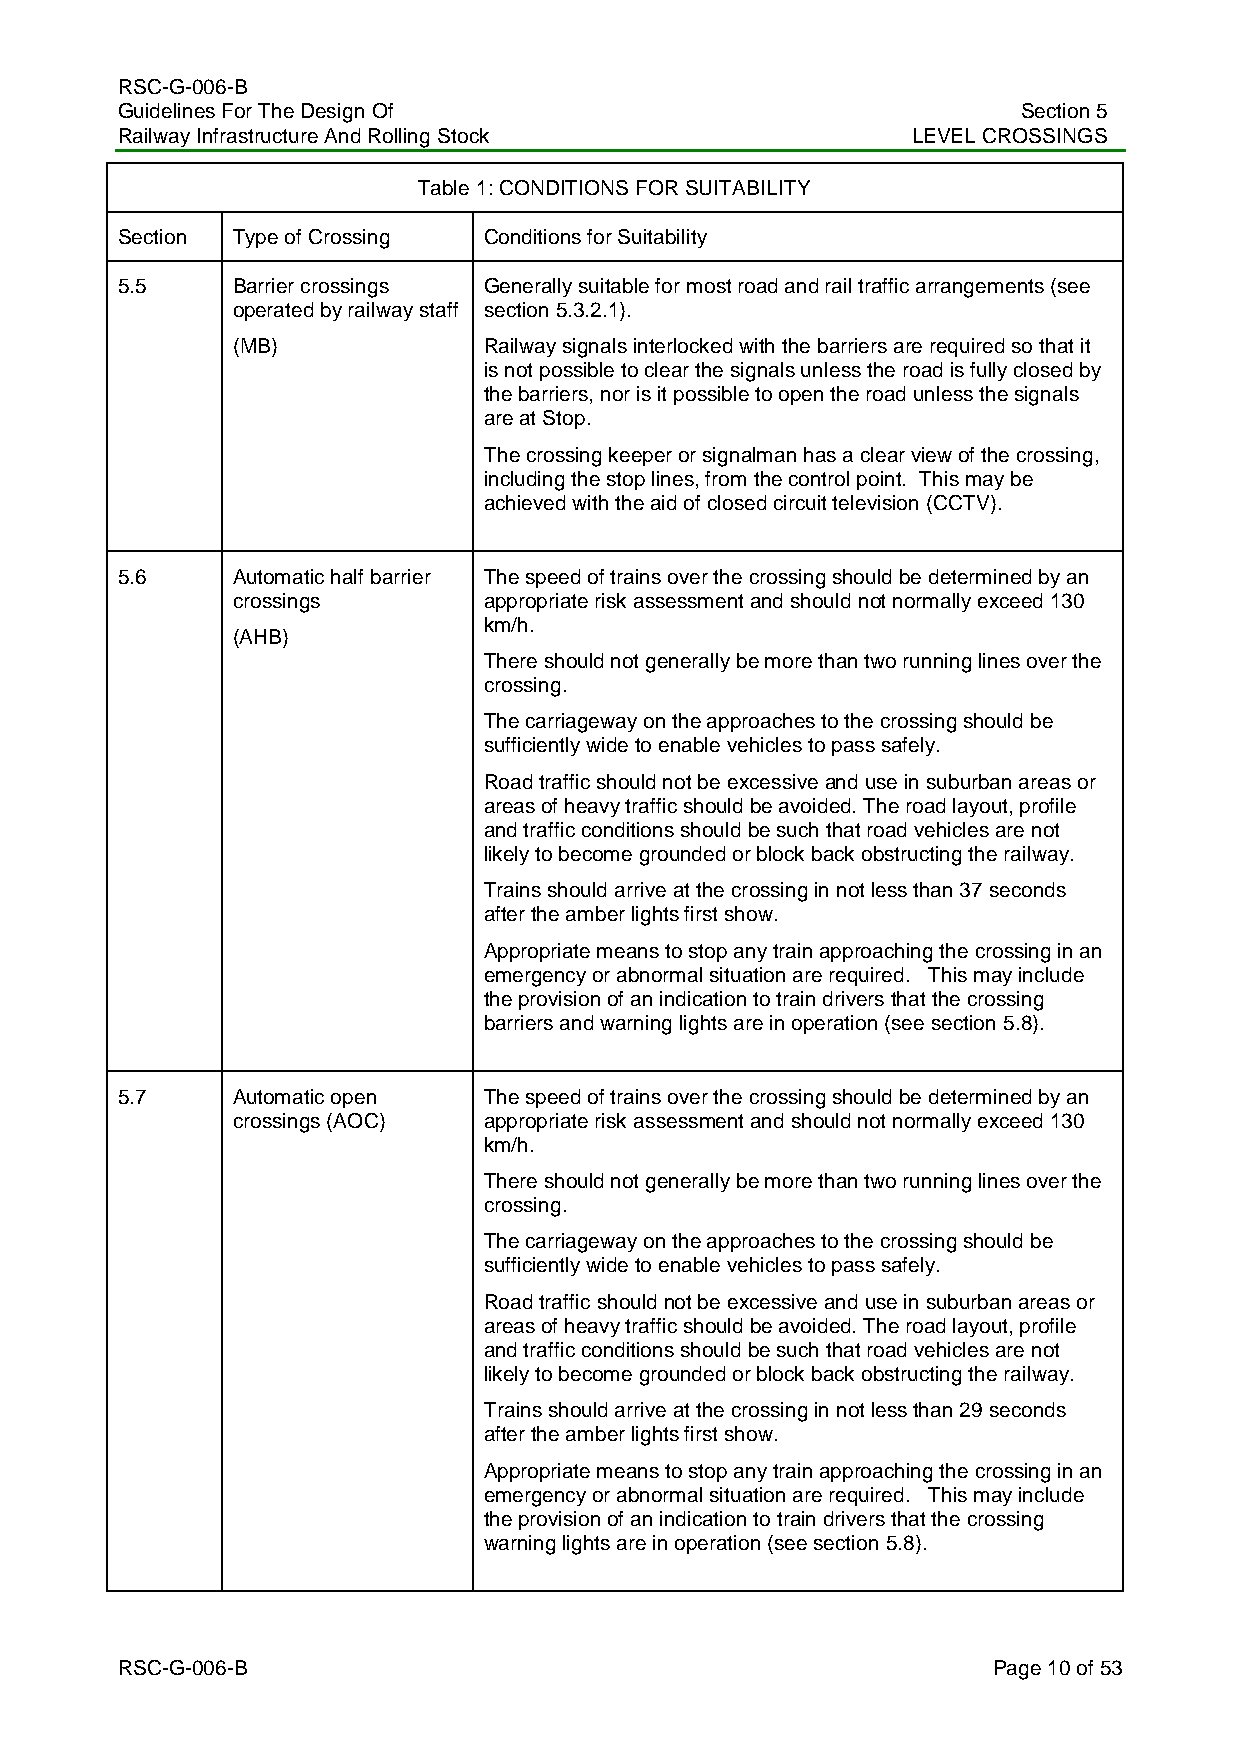
RSC-G-006-B
 Guidelines For The Design Of                                Section 5
 Railway Infrastructure And Rolling Stock            LEVEL CROSSINGS
 Table 1: CONDITIONS FOR SUITABILITY
 Section Type of Crossing Conditions for Suitability
 5.5    Barrier crossings Generally suitable for most road and rail traffic arrangements (see
 operated by railway staff section 5.3.2.1).
 (MB)             Railway signals interlocked with the barriers are required so that it
 is not possible to clear the signals unless the road is fully closed by
 the barriers, nor is it possible to open the road unless the signals
 are at Stop.
 The crossing keeper or signalman has a clear view of the crossing,
 including the stop lines, from the control point. This may be
 achieved with the aid of closed circuit television (CCTV).
 5.6    Automatic half barrier The speed of trains over the crossing should be determined by an
 crossings        appropriate risk assessment and should not normally exceed 130
 km/h.
 (AHB)
 There should not generally be more than two running lines over the
 crossing.
 The carriageway on the approaches to the crossing should be
 sufficiently wide to enable vehicles to pass safely.
 Road traffic should not be excessive and use in suburban areas or
 areas of heavy traffic should be avoided. The road layout, profile
 and traffic conditions should be such that road vehicles are not
 likely to become grounded or block back obstructing the railway.
 Trains should arrive at the crossing in not less than 37 seconds
 after the amber lights first show.
 Appropriate means to stop any train approaching the crossing in an
 emergency or abnormal situation are required. This may include
 the provision of an indication to train drivers that the crossing
 barriers and warning lights are in operation (see section 5.8).
 5.7    Automatic open   The speed of trains over the crossing should be determined by an
 crossings (AOC)  appropriate risk assessment and should not normally exceed 130
 km/h.
 There should not generally be more than two running lines over the
 crossing.
 The carriageway on the approaches to the crossing should be
 sufficiently wide to enable vehicles to pass safely.
 Road traffic should not be excessive and use in suburban areas or
 areas of heavy traffic should be avoided. The road layout, profile
 and traffic conditions should be such that road vehicles are not
 likely to become grounded or block back obstructing the railway.
 Trains should arrive at the crossing in not less than 29 seconds
 after the amber lights first show.
 Appropriate means to stop any train approaching the crossing in an
 emergency or abnormal situation are required. This may include
 the provision of an indication to train drivers that the crossing
 warning lights are in operation (see section 5.8).
 RSC-G-006-B                                               Page 10 of 53